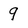
Character: 9